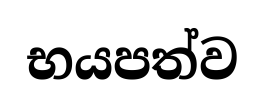
භයපත්ව